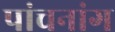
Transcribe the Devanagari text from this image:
पांचनांग